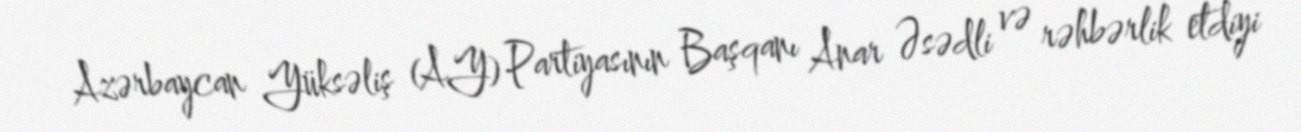
Azərbaycan Yüksəliş (AY) Partiyasının Başqanı Anar Əsədli və rəhbərlik etdiyi